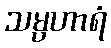
သမ္ပဟာရံ